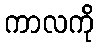
ကာလကို